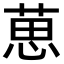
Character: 葸